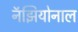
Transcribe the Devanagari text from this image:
नॅझियोनाल